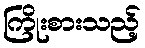
ကြိုးစားသည့်